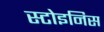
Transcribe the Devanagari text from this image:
स्टोइनिस